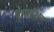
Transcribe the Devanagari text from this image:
दामाशेट